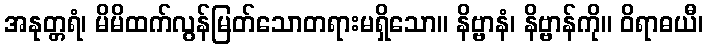
အနုတ္တရံ၊ မိမိထက်လွန်မြတ်သောတရားမရှိသော။ နိဗ္ဗာနံ၊ နိဗ္ဗာန်ကို။ ဝိရာဓယီ၊